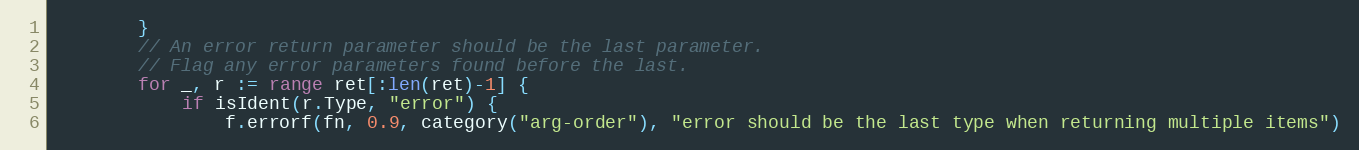
Language: Go
		}
		// An error return parameter should be the last parameter.
		// Flag any error parameters found before the last.
		for _, r := range ret[:len(ret)-1] {
			if isIdent(r.Type, "error") {
				f.errorf(fn, 0.9, category("arg-order"), "error should be the last type when returning multiple items")